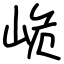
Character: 峗